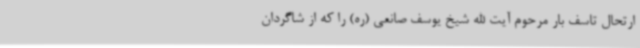
ارتحال تاسف بار مرحوم آیت الله شیخ یوسف صانعی (ره) را که از شاگردان